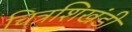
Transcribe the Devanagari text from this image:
चित्रशिखंडी